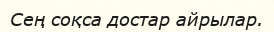
Сең соқса достар айрылар.